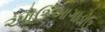
ઓઉઆગાડોઉ